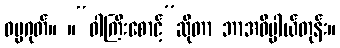
ဓမ္မဂုတ်။ ။“ဝါကြီးစောင့်”ဆိုတာ ဘာအဓိပ္ပါယ်တုန်း။